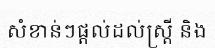
សំខាន់ៗផ្តល់ដល់ស្ត្រី និង